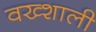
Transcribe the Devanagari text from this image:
वख्शाली